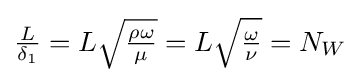
{\tfrac {L}{\delta _{1}}}=L{\sqrt {\tfrac {\rho \omega }{\mu }}}=L{\sqrt {\tfrac {\omega }{\nu }}}=N_{W}\,\!